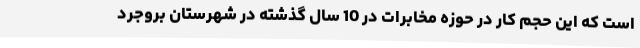
است که این حجم کار در حوزه مخابرات در 10 سال گذشته در شهرستان بروجرد